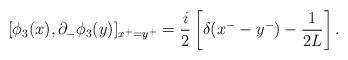
LaTeX: \begin{align*}[\phi_3(x), \partial_-\phi_3(y)]_{x^+=y^+}=\frac{i}{2}\left[\delta(x^--y^-)-\frac{1}{2L}\right].\end{align*}